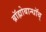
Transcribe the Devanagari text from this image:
ब्रॉह्मोबान्धॉब्